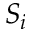
S _ { i }